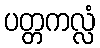
ပတ္တကလ္လံ